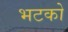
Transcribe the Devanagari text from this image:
भटको